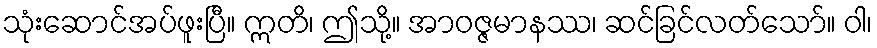
သုံးဆောင်အပ်ဖူးပြီ။ ဣတိ၊ ဤသို့။ အာဝဇ္ဇမာနဿ၊ ဆင်ခြင်လတ်သော်။ ဝါ၊